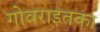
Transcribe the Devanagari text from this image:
गोवराइतका